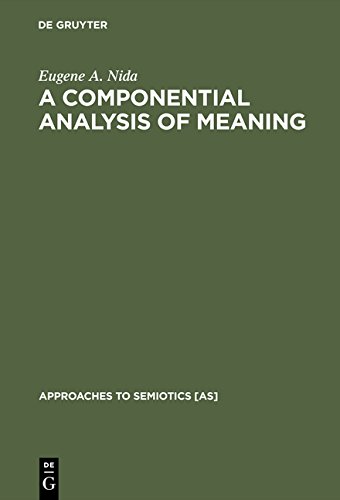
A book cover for A Componential Analysis of Meaning (Approaches to Semiotics [As]); Eugene A. Nida; Reference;